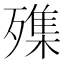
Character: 㱷